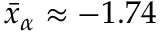
\bar { x } _ { \alpha } \approx - 1 . 7 4